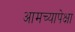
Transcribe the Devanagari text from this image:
आमच्यापेक्षा